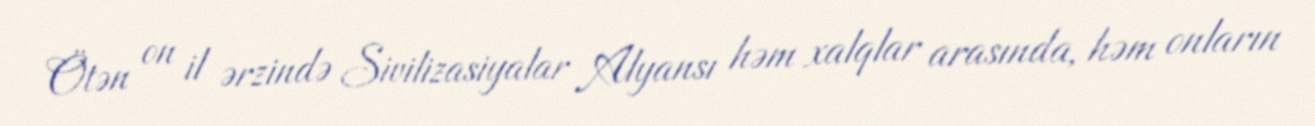
Ötən on il ərzində Sivilizasiyalar Alyansı həm xalqlar arasında, həm onların